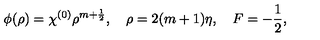
\phi ( \rho ) = \chi ^ { ( 0 ) } \rho ^ { m + \frac 1 2 } , \quad \rho = 2 ( m + 1 ) \eta , \quad F = - \frac 1 2 ,